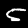
Label: 5